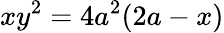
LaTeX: xy^{2}=4a^{2}(2a-x)